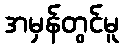
အမှန်တွင်မူ